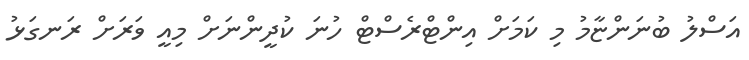
އަސްލު ބުނަންޏާމު މި ކަމަށް އިންޓްރެސްޓް ހުނަ ކުދީންނަށް މިއީ ވަރަށް ރަނގަޅު